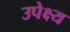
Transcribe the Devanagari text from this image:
उपेक्ष्य